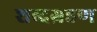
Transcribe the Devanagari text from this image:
शब्दग्रहण